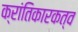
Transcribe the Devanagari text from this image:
क्रांतिकारकत्व